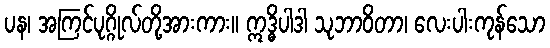
ပန၊ အကြင်ပုဂ္ဂိုလ်တို့အားကား။ ဣဒ္ဓိပါဒါ သုဘာဝိတာ၊ လေးပါးကုန်သော